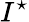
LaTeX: I^{\star}